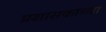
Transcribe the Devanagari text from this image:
प्रशासकांच्या